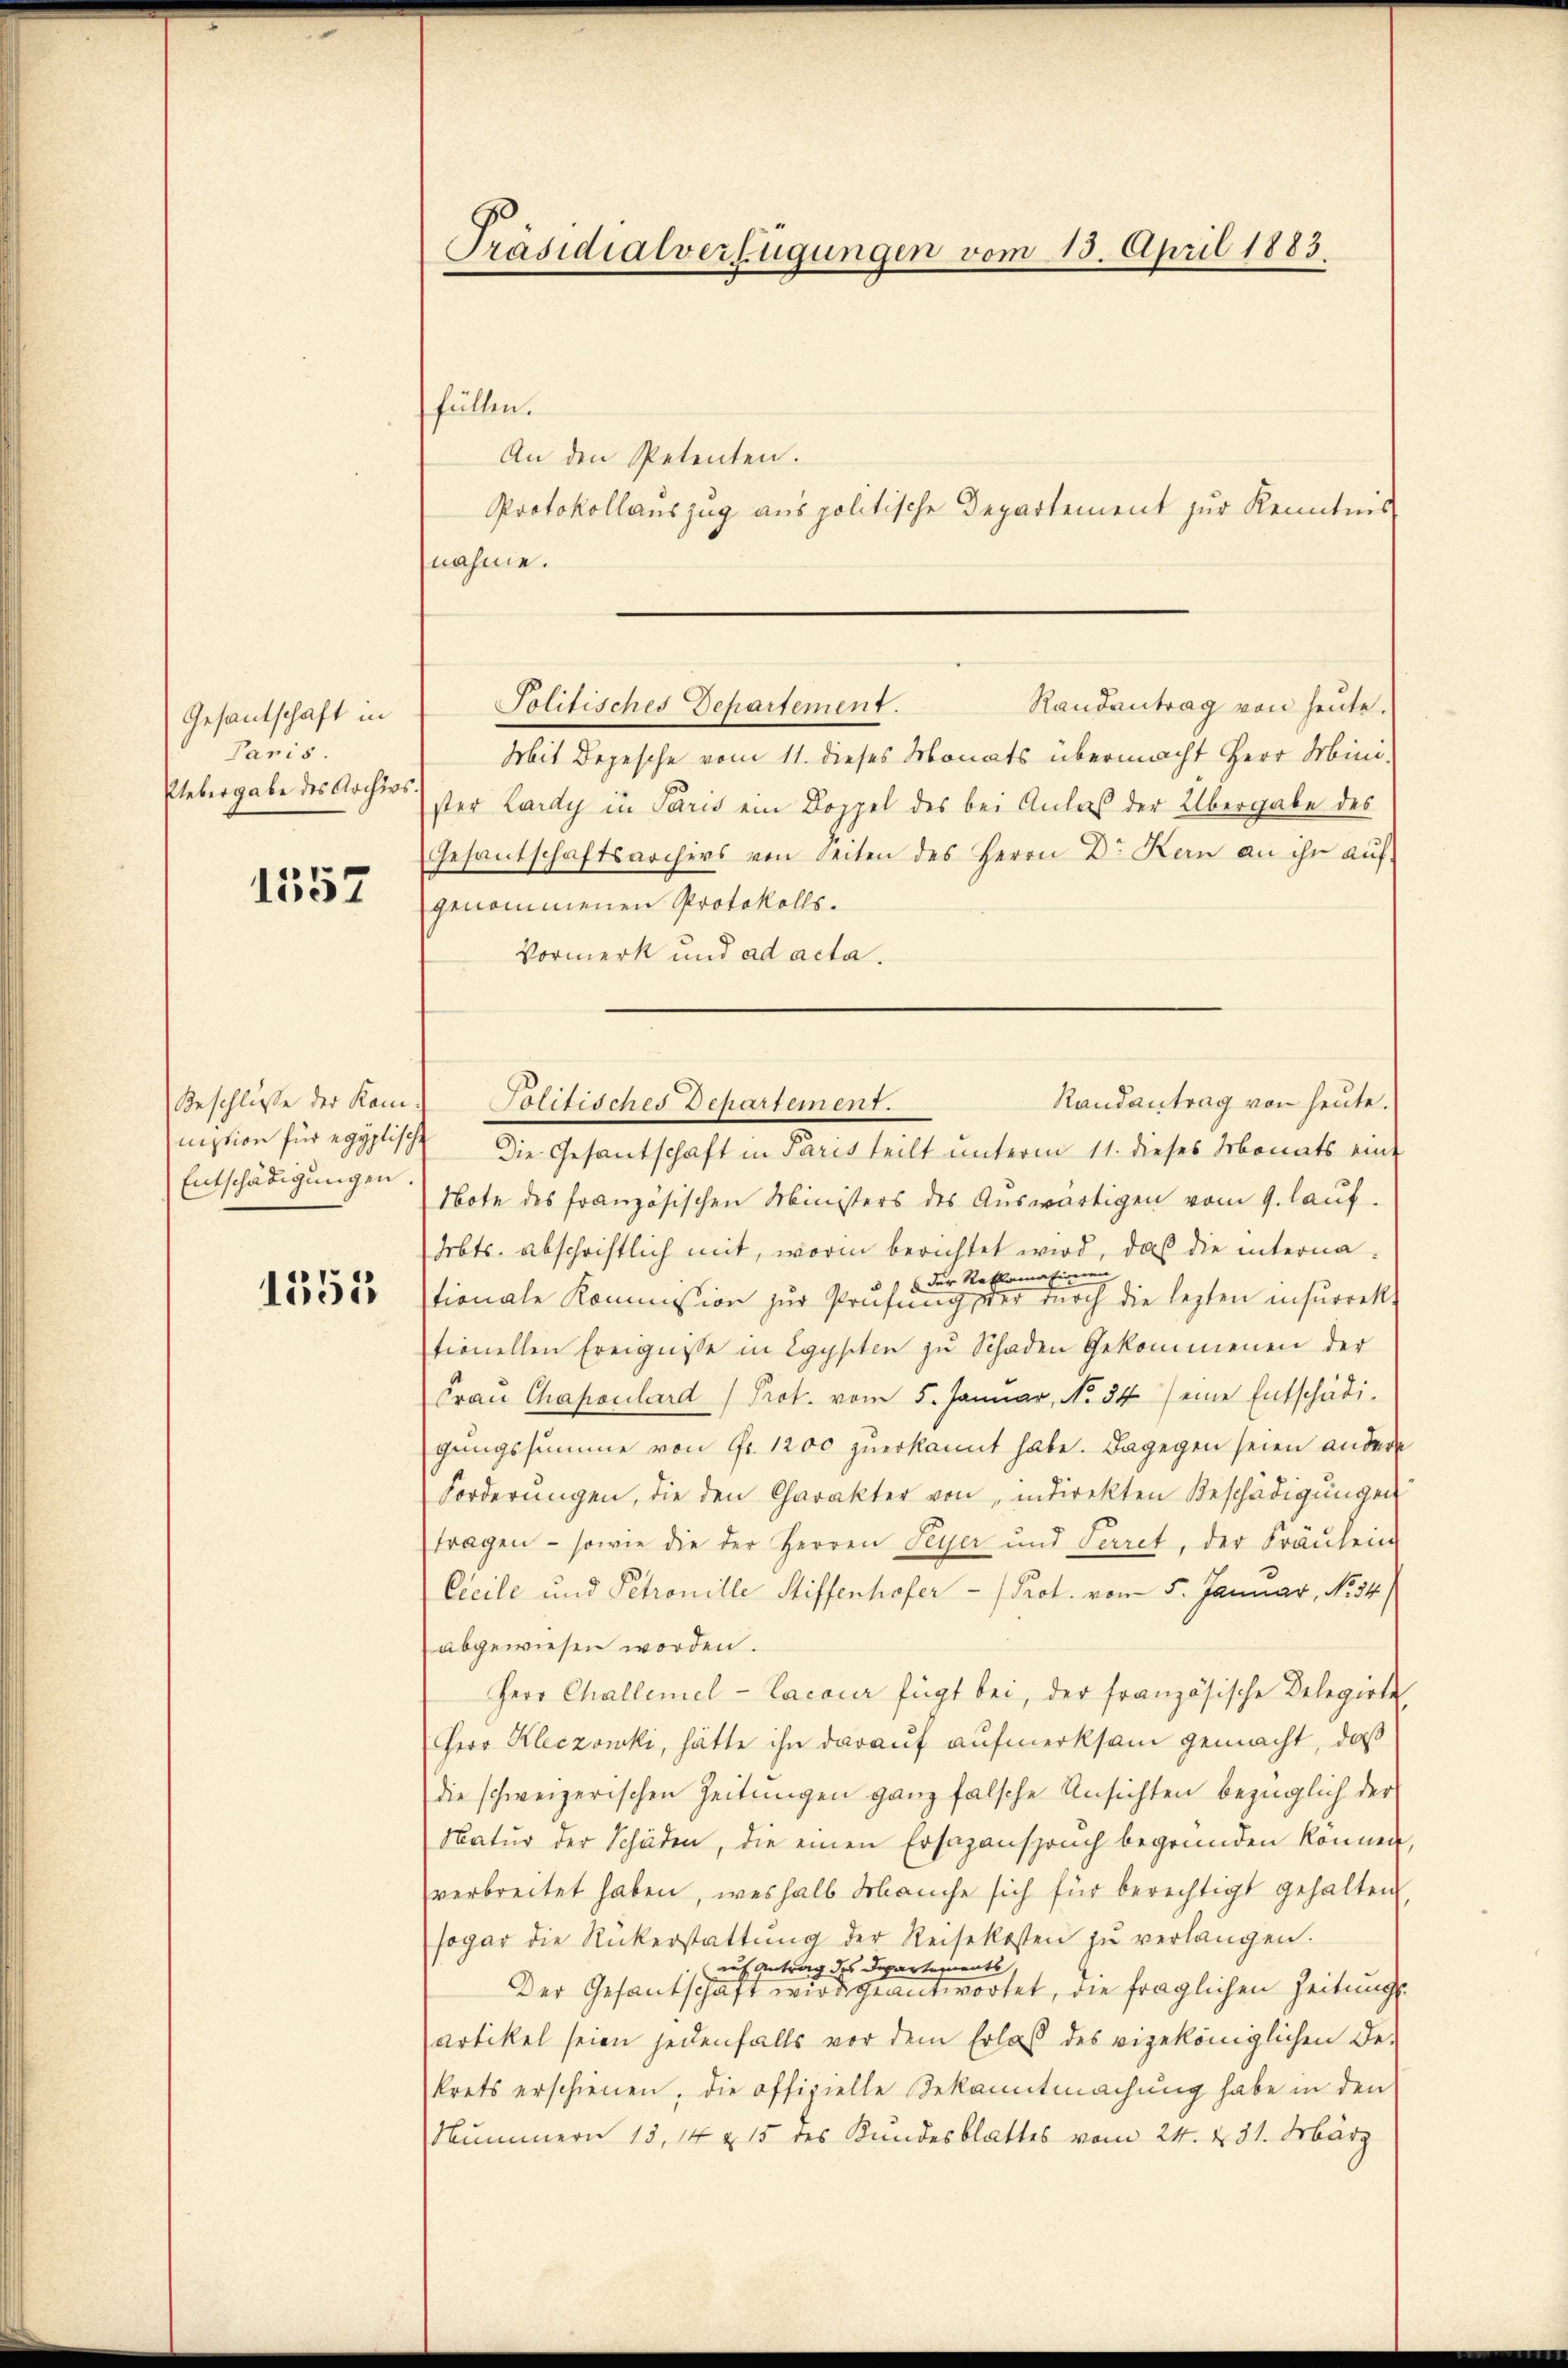
Gesantschaft in
Paris.
Uebergabe des Archivs

1557

Beschlüsse der Kommission für egyptische
Entschädigungen

1355

Präsidialverfügungen vom 15. April 1883

füllen.
An den Petenten.
Protokollauszug aus politische Departement zur Kenntnis
nahme.
Mit Depesche vom 11. dieses Monats übermacht Herr Mini-
ster Lardy in Paris ein Doppel des bei Anlaß der Übergabe des
Gesantschaftsarchivs von Seiten des Herrn Dr. Kern an ihr auf
genommenen Protokolls.
Vormerk und ad acta.
Die Gesantschaft in Paris teilt unterm 11. dieses Monats eine
Note des französischen Ministers des Auswärtigen vom 9. laŭf.
hrbts. abschriftlich mit, worin berichtet wird, daß die internader Reklamationen
stionale Kommission zur Prüfung, der durch die lezten insurret.
tionellen Ereignisse in Egypten zŭ Schaden Gekommenen der
Frau Chapoulard Prot. vom 5. Januar, No 34) eine Entschädigungssumme von Fr. 1200 zuerkannt habe. Dagegen seien andere
Forderŭngen, die den Charakter von, indirekten Beschädigŭngen
fragen - sowie die der Herren Feyer und Secret, der Fräŭlein
Cicile und Petronille Stiffenhofer - Prot. vom 5. Januar, No. 34
abgewiesen worden.
Herr Challemel-Lacour fügt bei, der französische Delegirte
Herr Kleczonki, hätte ihn darauf aufmerksam gemacht, daß
die schweizerischen Zeitungen ganz falsche Ansichten bezüglich der
Natur der Schäden, die einen Ersazanspruch begründen können,
verbreitet haben, weshalb Manche sich für berechtigt gehalten,
sogar die Rükerstattŭng der Reisekosten zŭ verlangen.
auf Antrag des Departements
Der Gesantschaft wird geantwortet, die fraglichen Zeitungsartikel seien jedenfalls vor dem Erlaß des vigeköniglichen De-
krets erschienen, die offizielle Bekanntmachung habe in den
Nummern 13, 14 u. 15 des Kundesblattes vom 24. d. 31. März

Randantrag von heute.
Solitisches Departement.

Randantrag von heute.
Politisches Departement.